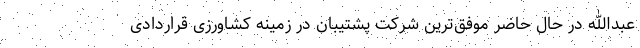
عبدالله در حال حاضر موفق‌ترین شرکت پشتیبان در زمینه کشاورزی قراردادی